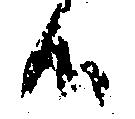
候